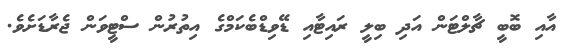
އާއި ބޮބީ ޗާލްޓަން އަދި ބިލީ ރައިޓާއި ޑޭވިޑްބެކަމްގެ އިތުރުން ސްޓީވަން ޖެރާޑަށެވެ.